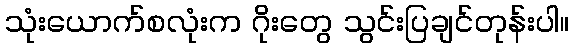
သုံးယောက်စလုံးက ဂိုးတွေ သွင်းပြချင်တုန်းပါ။